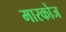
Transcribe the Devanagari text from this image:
मारकोज